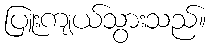
ပြူးကျယ်သွားသည်။